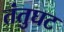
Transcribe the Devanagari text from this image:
तंतुघट